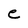
Character: e